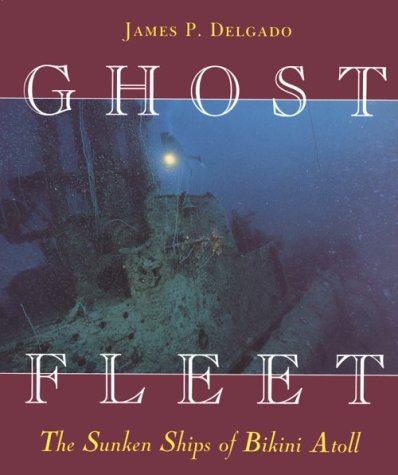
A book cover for Ghost Fleet: The Sunken Ships of Bikini Atoll; James P. Delgado; History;